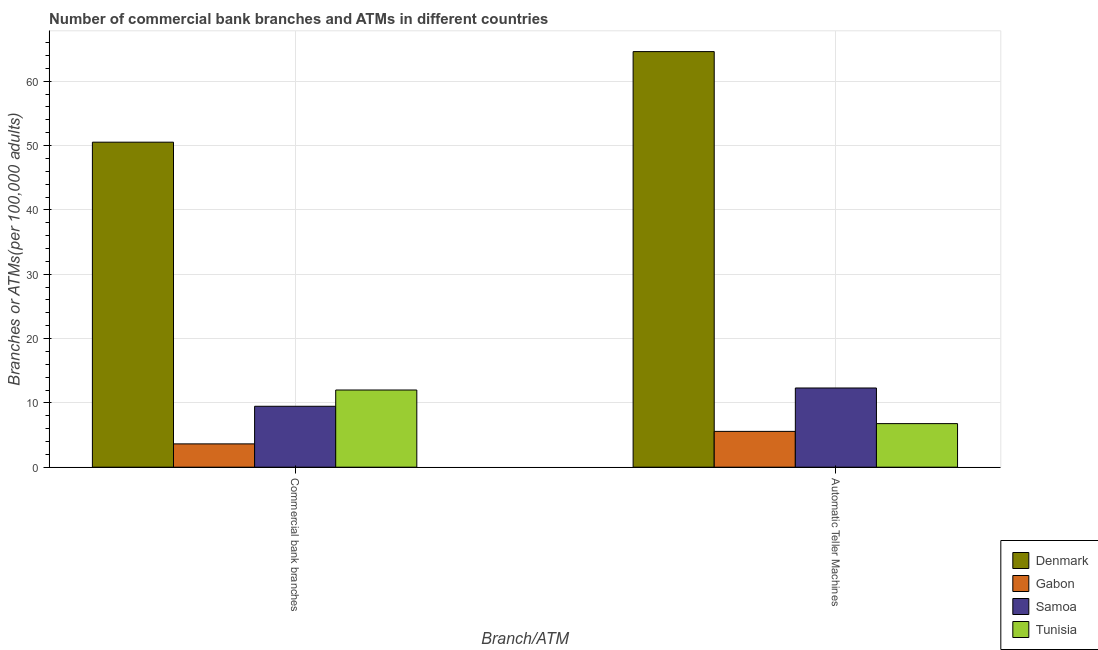
| Branch/ATM | Denmark | Gabon | Samoa | Tunisia |
 | --- | --- | --- | --- | --- |
 | Commercial bank branches | 50.5 | 3.62 | 9.47 | 12 |
 | Automatic Teller Machines | 64.6 | 5.57 | 12.3 | 6.78 |